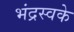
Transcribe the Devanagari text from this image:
भंद्रस्वके